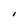
Character: I